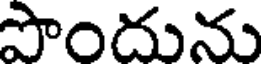
పొందును